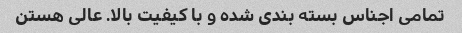
تمامی اجناس بسته بندی شده و با کیفیت بالا. عالی هستن